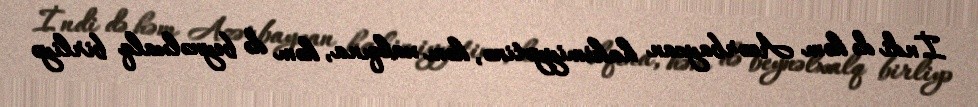
İndi də həm Azərbaycan hakimiyyətinə, həm xalqına, həm də beynəlxalq birliyə